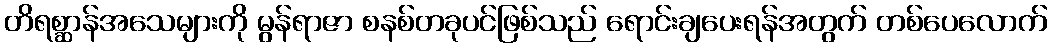
တိရစ္ဆာန်အသေများကို မွန်ရာဇာ စနစ်တခုပင်ဖြစ်သည် ရောင်းချပေးရန်အတွက် တစ်ပေလောက်